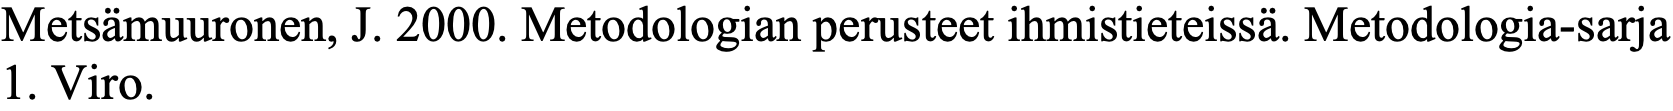
Metsämuuronen, J. 2000. Metodologian perusteet ihmistieteissä. Metodologia-sarja 1. Viro.